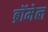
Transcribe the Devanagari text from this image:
ब्रॉमेल